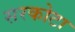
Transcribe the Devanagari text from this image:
सरकोटा